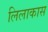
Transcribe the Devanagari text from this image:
लिलाकास